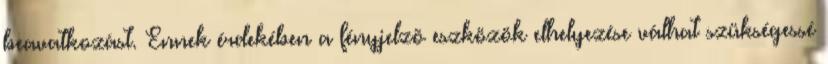
beavatkozást. Ennek érdekében a fényjelzõ eszközök elhelyezése válhat szükségessé